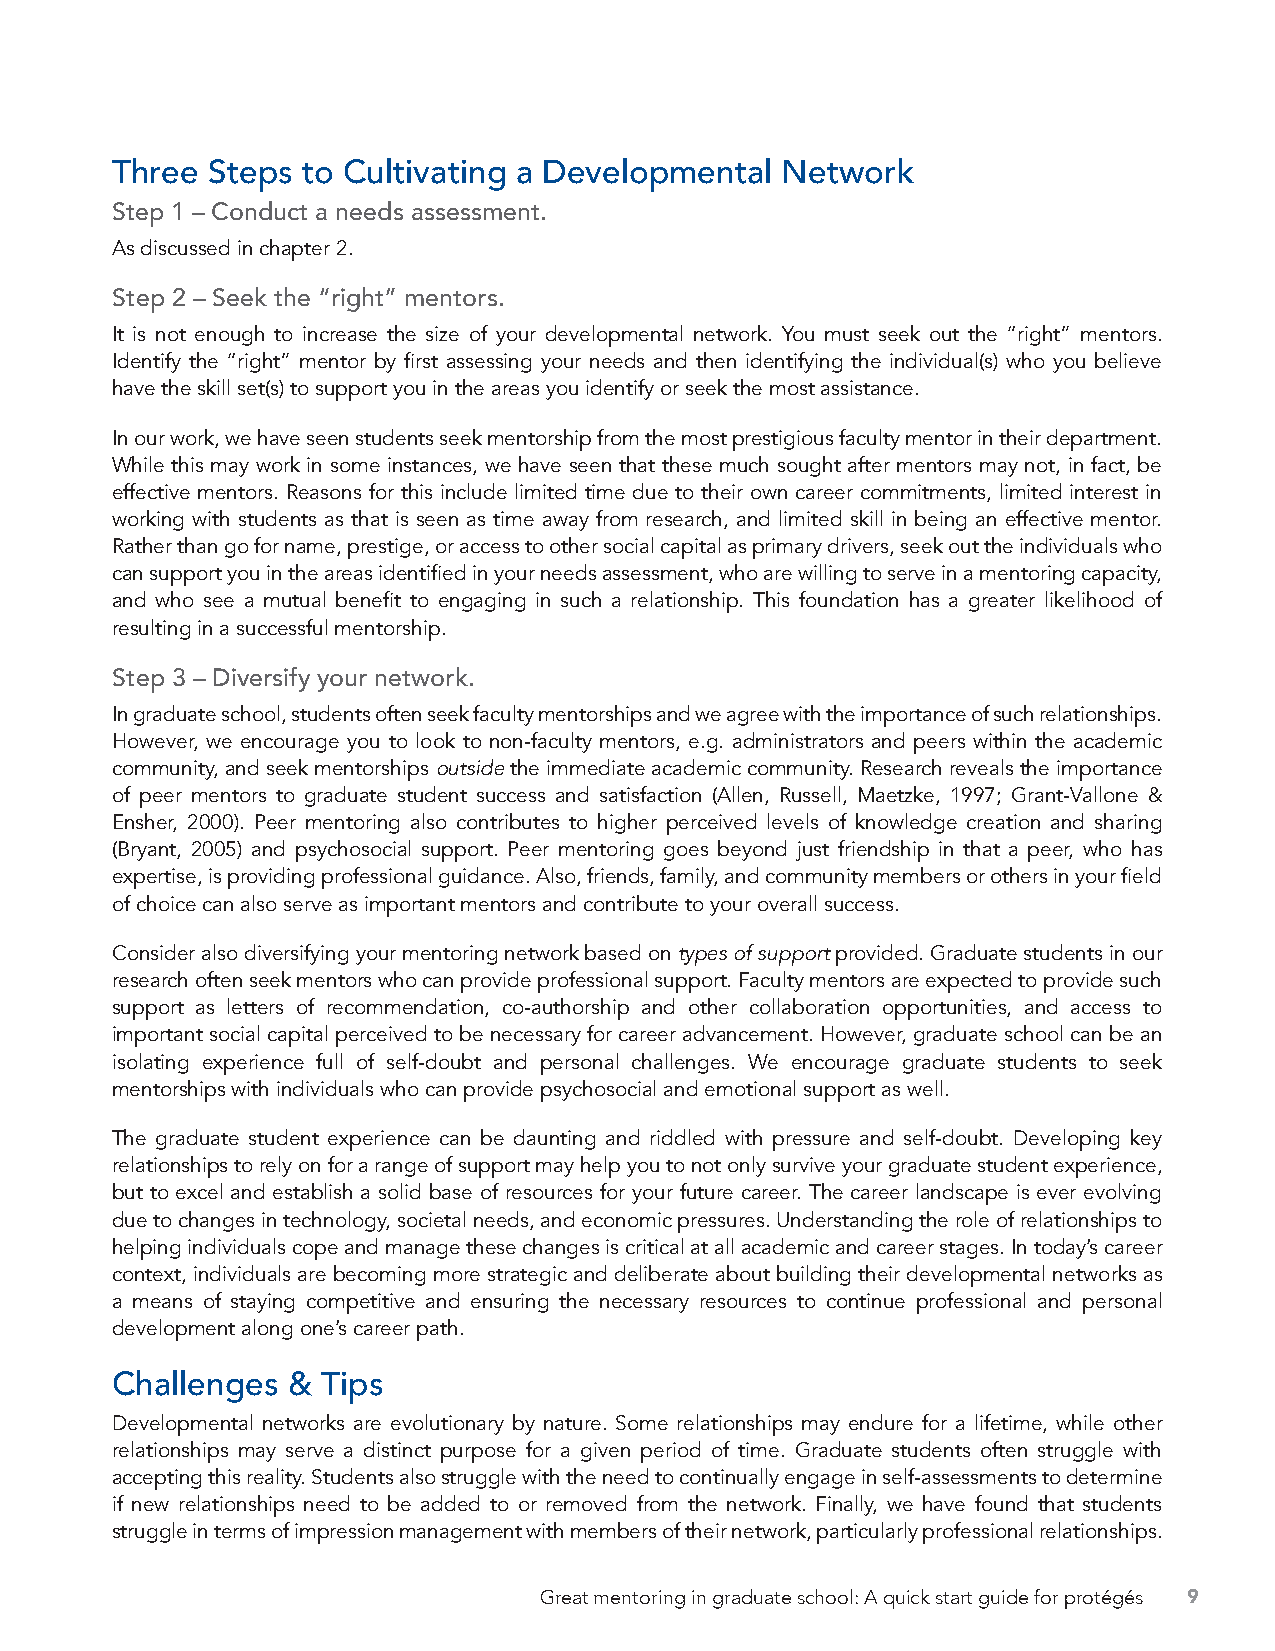
Three  Steps to Cultivating a Developmental  Network
 Step 1 – Conduct a needs assessment.
 As discussed in chapter 2.
 Step 2 – Seek the “right” mentors.
 It is not enough to increase the size of your developmental network. You must seek out the “right” mentors.
 Identify the “right” mentor by first assessing your needs and then identifying the individual(s) who you believe
 have the skill set(s) to support you in the areas you identify or seek the most assistance.
 In our work, we have seen students seek mentorship from the most prestigious faculty mentor in their department.
 While this may work in some instances, we have seen that these much sought after mentors may not, in fact, be
 effective mentors. Reasons for this include limited time due to their own career commitments, limited interest in
 working with students as that is seen as time away from research, and limited skill in being an effective mentor.
 Rather than go for name, prestige, or access to other social capital as primary drivers, seek out the individuals who
 can support you in the areas identified in your needs assessment, who are willing to serve in a mentoring capacity,
 and who see a mutual benefit to engaging in such a relationship. This foundation has a greater likelihood of
 resulting in a successful mentorship.
 Step 3 – Diversify your network.
 In graduate school, students often seek faculty mentorships and we agree with the importance of such relationships.
 However, we encourage you to look to non-faculty mentors, e.g. administrators and peers within the academic
 community, and seek mentorships outside the immediate academic community. Research reveals the importance
 of peer mentors to graduate student success and satisfaction (Allen, Russell, Maetzke, 1997; Grant-Vallone &
 Ensher, 2000). Peer mentoring also contributes to higher perceived levels of knowledge creation and sharing
 (Bryant, 2005) and psychosocial support. Peer mentoring goes beyond just friendship in that a peer, who has
 expertise, is providing professional guidance. Also, friends, family, and community members or others in your field
 of choice can also serve as important mentors and contribute to your overall success.
 Consider also diversifying your mentoring network based on types of support provided. Graduate students in our
 research often seek mentors who can provide professional support. Faculty mentors are expected to provide such
 support as letters of recommendation, co-authorship and other collaboration opportunities, and access to
 important social capital perceived to be necessary for career advancement. However, graduate school can be an
 isolating experience full of self-doubt and personal challenges. We encourage graduate students to seek
 mentorships with individuals who can provide psychosocial and emotional support as well.
 The graduate student experience can be daunting and riddled with pressure and self-doubt. Developing key
 relationships to rely on for a range of support may help you to not only survive your graduate student experience,
 but to excel and establish a solid base of resources for your future career. The career landscape is ever evolving
 due to changes in technology, societal needs, and economic pressures. Understanding the role of relationships to
 helping individuals cope and manage these changes is critical at all academic and career stages. In today’s career
 context, individuals are becoming more strategic and deliberate about building their developmental networks as
 a means of staying competitive and ensuring the necessary resources to continue professional and personal
 development along one’s career path.
 Challenges  & Tips
 Developmental networks are evolutionary by nature. Some relationships may endure for a lifetime, while other
 relationships may serve a distinct purpose for a given period of time. Graduate students often struggle with
 accepting this reality. Students also struggle with the need to continually engage in self-assessments to determine
 if new relationships need to be added to or removed from the network. Finally, we have found that students
 struggle in terms of impression management with members of their network, particularly professional relationships.
 Great mentoring in graduate school: A quick start guide for protégés 9